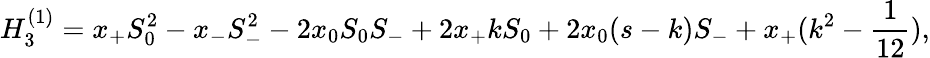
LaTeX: H_{3}^{(1)}=x_{+}S_{0}^{2}-x_{-}S_{-}^{2}-2x_{0}S_{0}S_{-}+2x_{+}kS_{0}+2x_{0}(s-k)S_{-}+x_{+}(k^{2}-\frac{1}{12}),